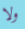
ولا